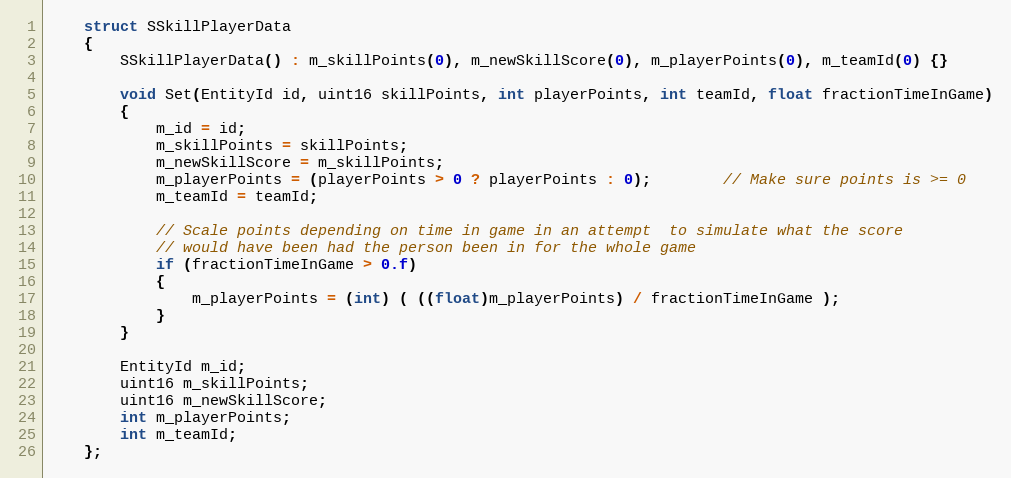
Language: C
	struct SSkillPlayerData
	{
		SSkillPlayerData() : m_skillPoints(0), m_newSkillScore(0), m_playerPoints(0), m_teamId(0) {}

		void Set(EntityId id, uint16 skillPoints, int playerPoints, int teamId, float fractionTimeInGame)
		{
			m_id = id;
			m_skillPoints = skillPoints;
			m_newSkillScore = m_skillPoints;
			m_playerPoints = (playerPoints > 0 ? playerPoints : 0);		// Make sure points is >= 0
			m_teamId = teamId;

			// Scale points depending on time in game in an attempt  to simulate what the score
			// would have been had the person been in for the whole game
			if (fractionTimeInGame > 0.f)
			{
				m_playerPoints = (int) ( ((float)m_playerPoints) / fractionTimeInGame );
			}
		}

		EntityId m_id;
		uint16 m_skillPoints;
		uint16 m_newSkillScore;
		int m_playerPoints;
		int m_teamId;
	};